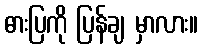
ဓားပြကို ပြန်ချ မှာလား။